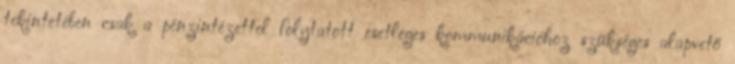
tekintetében csak a pénzintézettel folytatott esetleges kommunikációhoz szükséges alapvető